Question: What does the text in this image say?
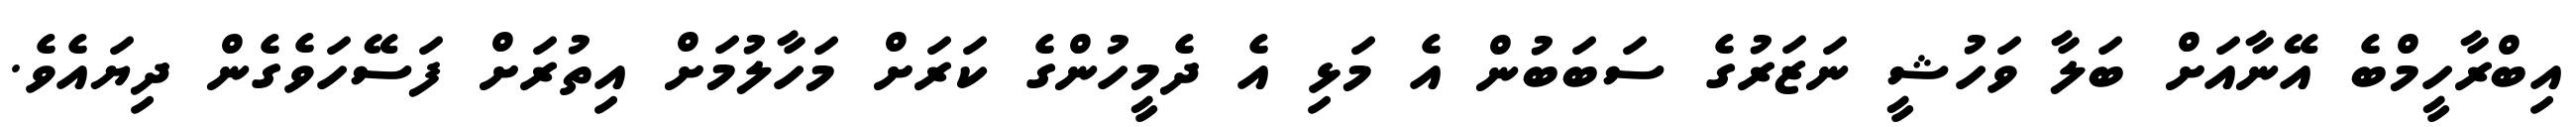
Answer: އިބްރާހީމްބެ އޭނާއަށް ބަލާ ވަހުޝީ ނަޒަރުގެ ސަބަބުން އެ މަޅި އެ ދެމީހުންގެ ކަރަށް މަހާލުމަށް އިތުރަށް ފަސޭހަވެގެން ދިޔައެވެ.